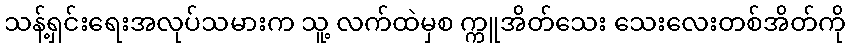
သန့်ရှင်းရေးအလုပ်သမားက သူ့ လက်ထဲမှစ က္ကူအိတ်သေး သေးလေးတစ်အိတ်ကို